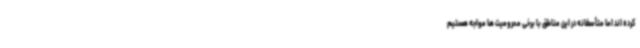
کرده اند اما متأسفانه در این مناطق با برخی محرومیت ها مواجه هستیم